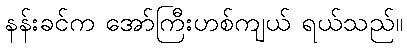
နန်းခင်က အော်ကြီးဟစ်ကျယ် ရယ်သည်။